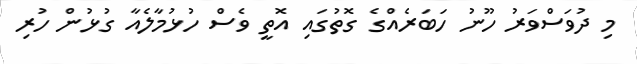
މި ދުވަސްވަރު ހޫނު ހަބަރެއްގެ ގޮތުގައި އޮތީ ވެސް ހުޅުމާލެއާ ގުޅުން ހުރި